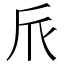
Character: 𠂢